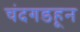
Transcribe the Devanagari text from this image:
चंदगडहून